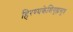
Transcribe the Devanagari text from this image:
हिरण्यकेशिगृह्यसूत्र